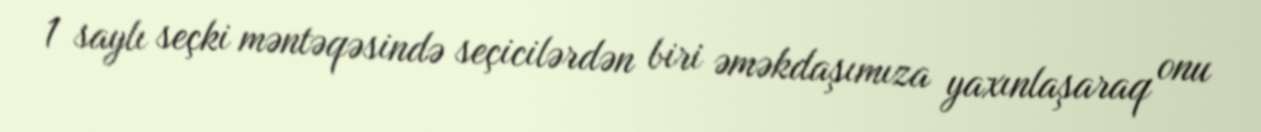
1 saylı seçki məntəqəsində seçicilərdən biri əməkdaşımıza yaxınlaşaraq onu